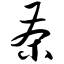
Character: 茶